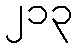
၂၁၃